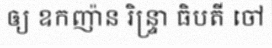
ឲ្យ ឧកញ៉ាន រិន្ទ្រា ធិបតី ចៅ